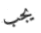
يجب